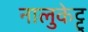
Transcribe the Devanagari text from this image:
नालुकेट्टु